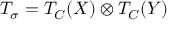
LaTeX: { \cal T } _ { \sigma } = { \cal T } _ { C } ( X ) \otimes { \cal T } _ { C } ( Y )